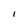
Character: 1